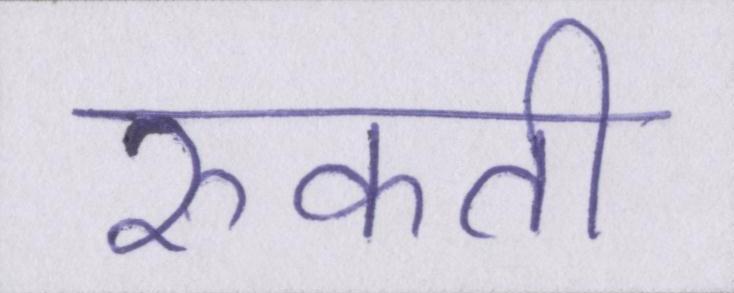
रुकती